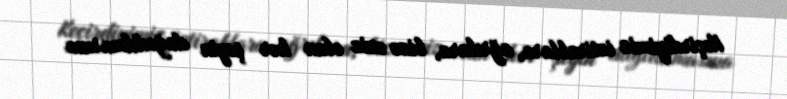
Keçirdiyimiz iztirablara, ağrılara, bizə əziz olan hər şeyin dağıdılmasına